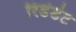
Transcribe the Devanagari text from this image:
रिडंडंट